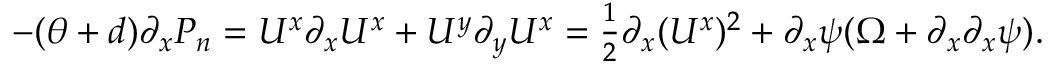
\begin{array} { r } { - ( \theta + d ) \partial _ { x } P _ { n } = U ^ { x } \partial _ { x } U ^ { x } + U ^ { y } \partial _ { y } U ^ { x } = \frac 1 2 \partial _ { x } ( U ^ { x } ) ^ { 2 } + \partial _ { x } \psi ( \Omega + \partial _ { x } \partial _ { x } \psi ) . } \end{array}